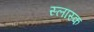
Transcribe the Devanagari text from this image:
स्लास्क